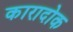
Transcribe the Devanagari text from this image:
कारादोक